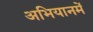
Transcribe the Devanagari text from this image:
अभियानमें